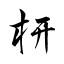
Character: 枅